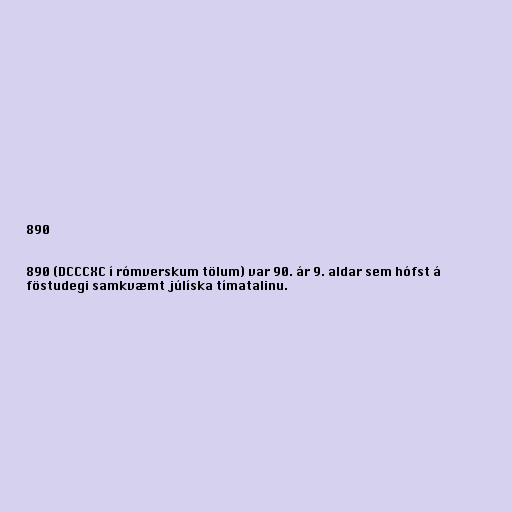
890

890 (DCCCXC í rómverskum tölum) var 90. ár 9. aldar sem hófst á
föstudegi samkvæmt júlíska tímatalinu.